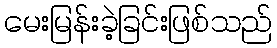
မေးမြန်းခဲ့ခြင်းဖြစ်သည်